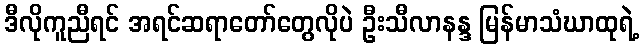
ဒီလိုကူညီရင် အရင်ဆရာတော်တွေလိုပဲ ဦးသီလာနန္ဒ မြန်မာသံဃာထုရဲ့